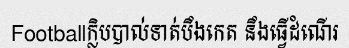
Footballក្លិបបាល់ទាត់បឹងកេត នឹងធ្វើដំណើរ